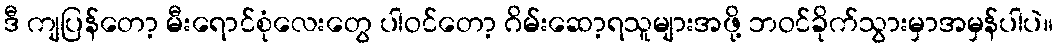
ဒီ ကျပြန်တော့ မီးရောင်စုံလေးတွေ ပါဝင်တော့ ဂိမ်းဆော့ရသူများအဖို့ ဘဝင်ခိုက်သွားမှာအမှန်ပါပဲ။